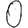
Digit: 0